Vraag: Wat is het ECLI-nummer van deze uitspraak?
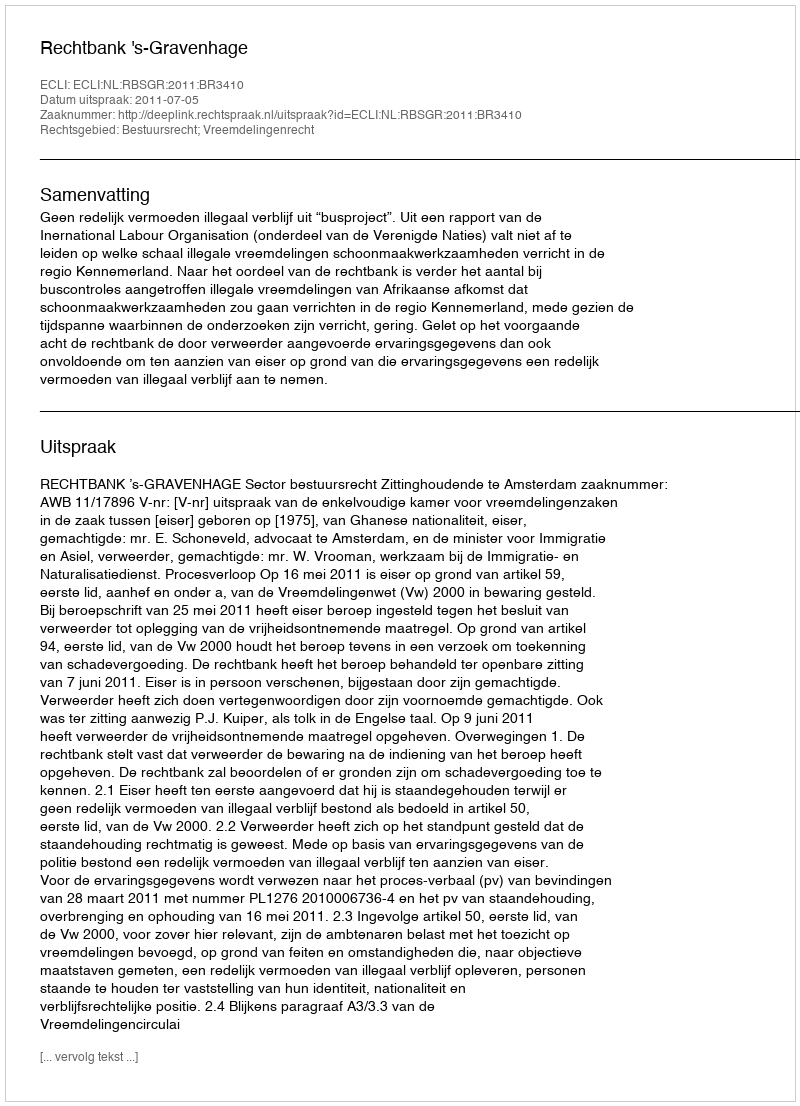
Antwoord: ECLI:NL:RBSGR:2011:BR3410